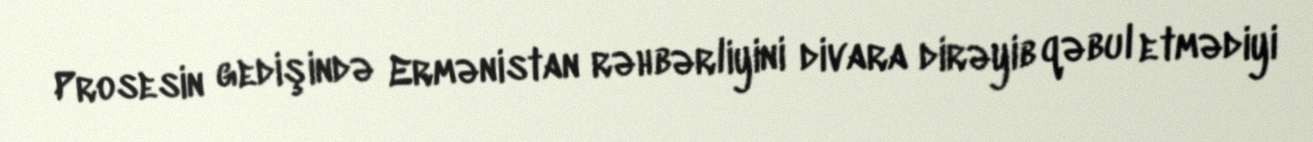
Prosesin gedişində Ermənistan rəhbərliyini divara dirəyib qəbul etmədiyi